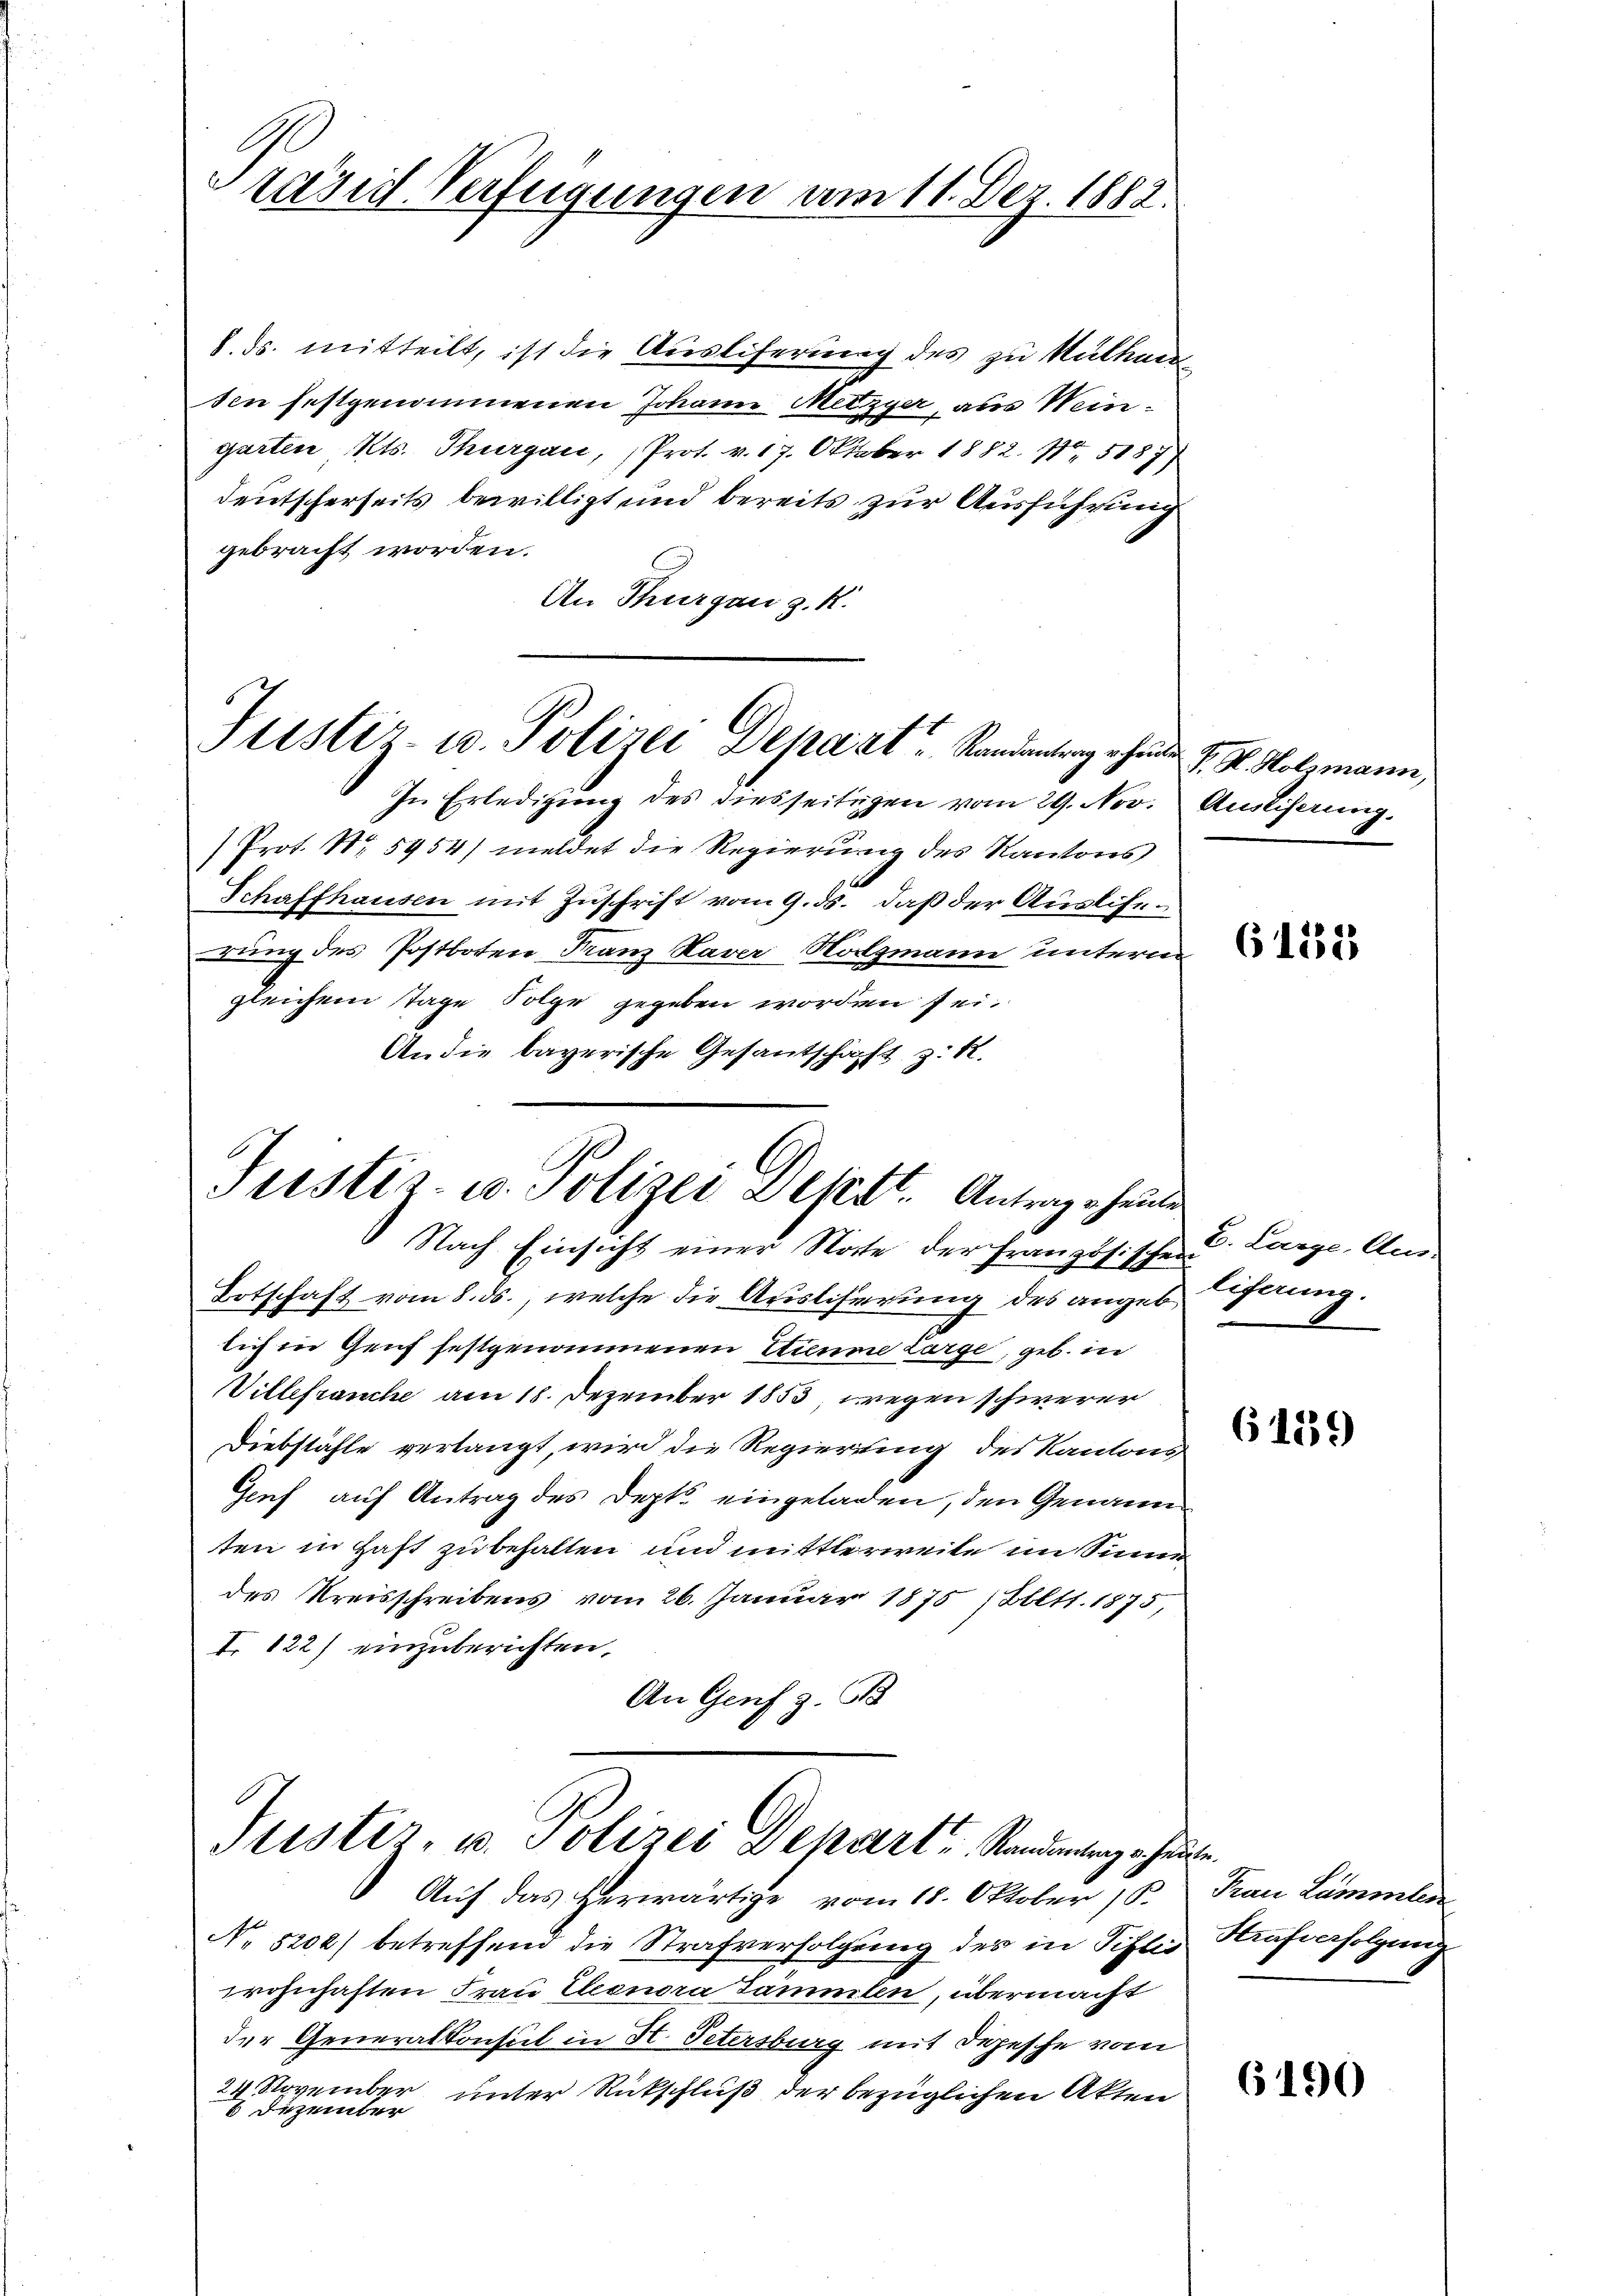
tänig Verfügungen am 11. Dez. 1882.

8. ds. mitteilt, ist die Ausliferung des zu Mülhausen festgenommenen Johann Metzger, aus Weingarten Kts. Thurgau, Prot. v. 17. Oktober 1882. 10. 1187)
deutscherseits bewilligt und bereits zur Ausführung
gebracht worden.
An Thurgau z. K.

Justiz- u. Polizei Depart Randantrag hat J. K. Holzmann,

In Erledigŭng des diesseitigen vom 29. Nov. Ausliferung.
Prot. Nr. 5954/ meldet die Regierung des Kantons
Schaffhausen mit Zuschrift vom 9. ds. daß der Ausliserung des Postboten Franz Haver Notzmann unterm
gleichem Tage Folge gegeben worden sei.
An die bayerische Gesantschaft z. R.
Totschaft vom 8. ds., welche die Ausliserung des angeschnung.
lich in Genf festgenommenen Sinne Large, geb. in
Villefranche am 18. Dezember 1853, wegen schwerer
Diebstähle verlangt, wird die Regierung des Kantons,
Genf auf Antrag des Depts eingeladen, den Genann
ten in Haft zu behalten und mittlerweite im Sinne
des Kreisschreibens vom 26. Januar 1875 (Ebltt. 1875,
I. 122) einzuberichten,
An Genf z. B

Justiz- u. Polizei Depest. Antrage heute
Nach Einsicht einer Note der Französischen

Justiz, u. Polizei Depart. Standentrage heute.

Auf das herwärtige vom 18. Oktober 18.
No 5202) betreffend die Strafverfolgung des in Pislis Aufverfolgung
wohnhaften Frau Eleonora Sammlen, übermacht
der Generalkonsul in H. Petersburg mit Depesche vom
24 November unter Rückschluß der bezüglichen Akten
8 Dezember

6452

B. Large, Aus-

6139

Frau Lammlen

(190